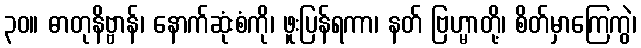
၃၀။ ဓာတုနိဗ္ဗာန်၊ နောက်ဆုံးစံကို၊ ဖူးပြန်ရကာ၊ နတ် ဗြဟ္မာတို့၊ စိတ်မှာကြေကွဲ၊